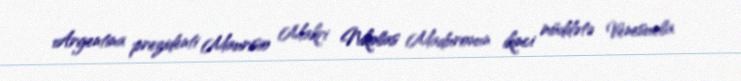
Argentina prezidenti Maurisio Makri Nikolas Maduronun ikinci müddətə Venesuela